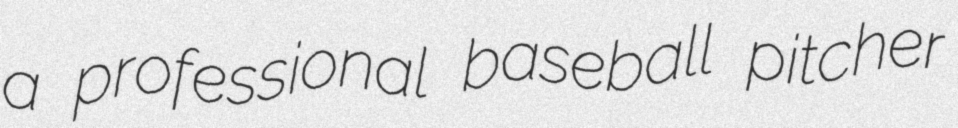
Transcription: a professional baseball pitcher